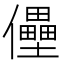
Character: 㒦